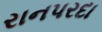
રાનપરદા